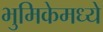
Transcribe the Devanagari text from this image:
भुमिकेमध्ये